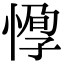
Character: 𢝼